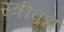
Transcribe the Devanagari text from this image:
स्त्रीवध